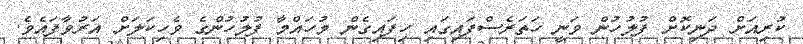
ކުރިއަށް ދަނިކޮށް ފުލުހުން ވަނީ ހަތަރެސްފައިގައި ހިފައިގެން މުހައްމާ ފުލުހުންގެ ވެހިކަލަށް އަރުވާފައެވެ.